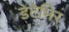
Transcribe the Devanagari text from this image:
डेटेमिर